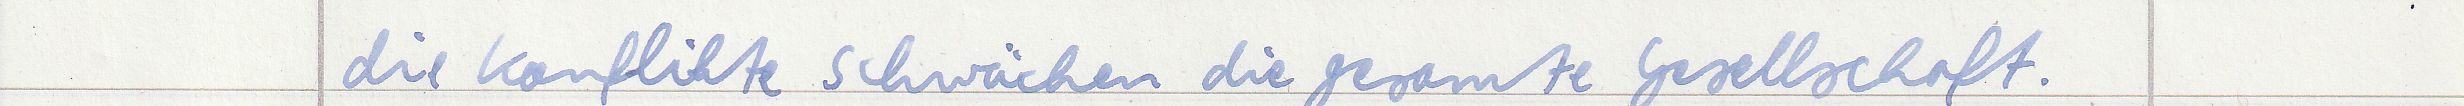
die Konflikte schwächen die gesamte Gesellschaft.